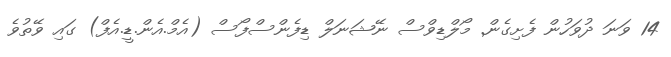
14 ވަނަ ދުވަހުން ފެށިގެން